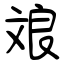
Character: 斏